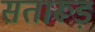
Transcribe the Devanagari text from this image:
सतारूड़